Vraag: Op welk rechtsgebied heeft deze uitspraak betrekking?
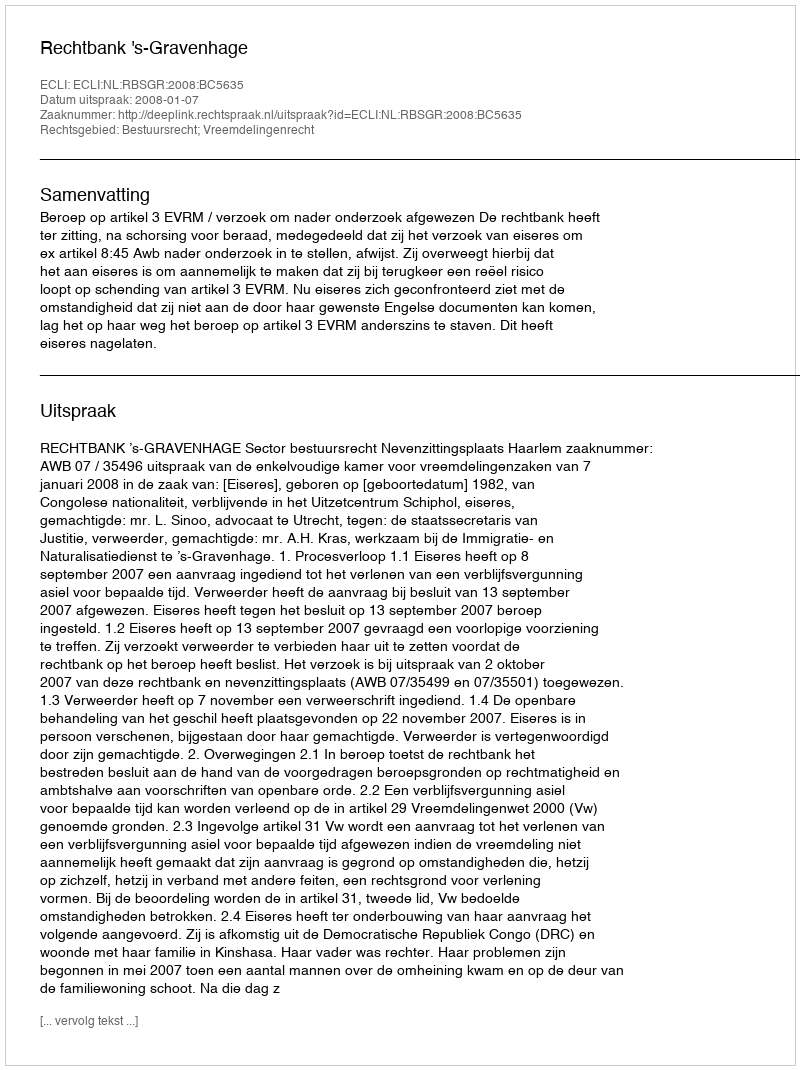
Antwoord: Bestuursrecht; Vreemdelingenrecht